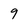
Character: 9